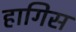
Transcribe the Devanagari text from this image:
हागिस